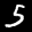
Label: 5